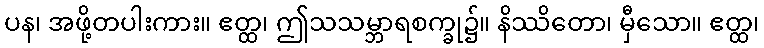
ပန၊ အဖို့တပါးကား။ ဧတ္ထ၊ ဤသသမ္ဘာရစက္ခု၌။ နိဿိတော၊ မှီသော။ ဧတ္ထ၊